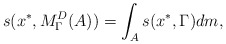
\begin{align*} s(x^*, M^D_{\Gamma} (A)) =\int_As(x^*,\Gamma) dm,\end{align*}